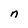
Character: n